Lunatic asylums Burma 1907-21 - 1907-1921
Year: 1907
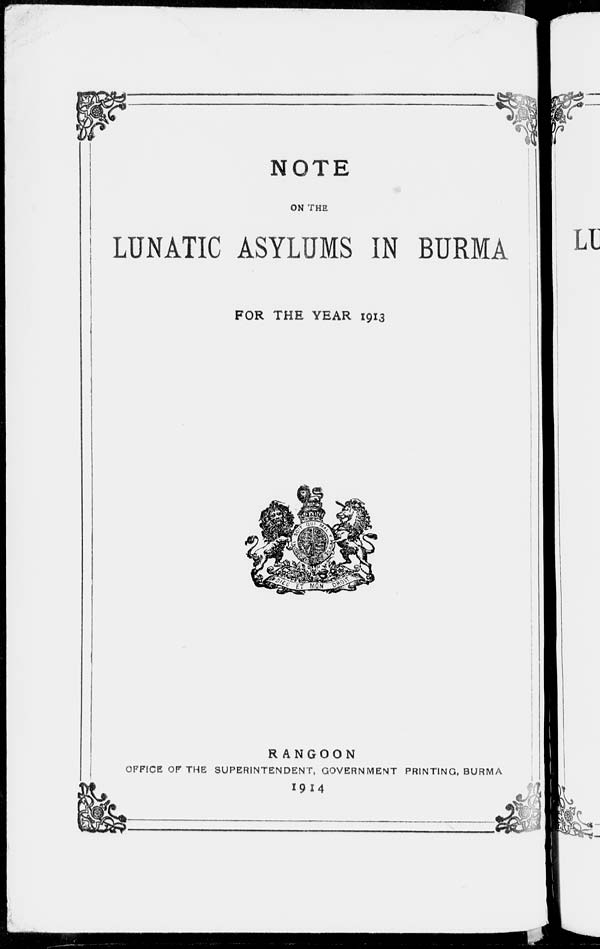
NOTE
ON THE
LUNATIC ASYLUMS IN BURMA
FOR THE YEAR 1913
RANGOON
OFFICE OF THE SUPERINTENDENT, GOVERNMENT PRINTING, BURMA
1914